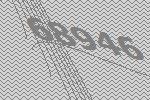
68946